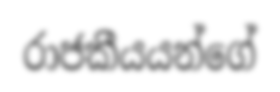
රාජකීයයන්ගේ